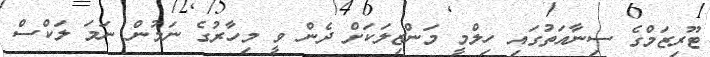
ޓޫރިޒަމްގެ ސިނާއަތުގައި ހިލްމީ މަންޒިލަކަށް ދެން ވީ މިހާރުގެ ނަމުން ނަމަ ލަކްސް